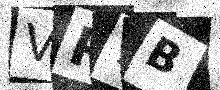
Text: VP7B